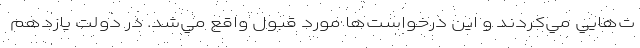
ت‌هايي مي‌كردند و اين درخواست‌ها مورد قبول واقع مي‌شد. در دولت يازدهم